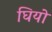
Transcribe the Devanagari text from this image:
घियो